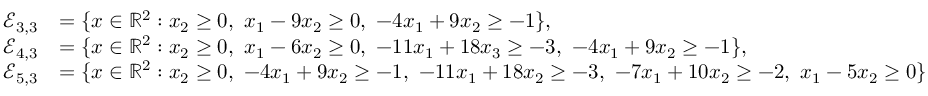
\begin{array} { r l } { \mathcal { E } _ { 3 , 3 } } & { = \{ x \in \mathbb { R } ^ { 2 } : x _ { 2 } \geq 0 , ~ x _ { 1 } - 9 x _ { 2 } \geq 0 , ~ - 4 x _ { 1 } + 9 x _ { 2 } \geq - 1 \} , } \\ { \mathcal { E } _ { 4 , 3 } } & { = \{ x \in \mathbb { R } ^ { 2 } : x _ { 2 } \geq 0 , ~ x _ { 1 } - 6 x _ { 2 } \geq 0 , ~ - 1 1 x _ { 1 } + 1 8 x _ { 3 } \geq - 3 , ~ - 4 x _ { 1 } + 9 x _ { 2 } \geq - 1 \} , } \\ { \mathcal { E } _ { 5 , 3 } } & { = \{ x \in \mathbb { R } ^ { 2 } : x _ { 2 } \geq 0 , ~ - 4 x _ { 1 } + 9 x _ { 2 } \geq - 1 , ~ - 1 1 x _ { 1 } + 1 8 x _ { 2 } \geq - 3 , ~ - 7 x _ { 1 } + 1 0 x _ { 2 } \geq - 2 , ~ x _ { 1 } - 5 x _ { 2 } \geq 0 \} } \end{array}